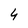
Character: 4